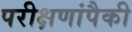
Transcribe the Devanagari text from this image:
परीक्षणांपैकी